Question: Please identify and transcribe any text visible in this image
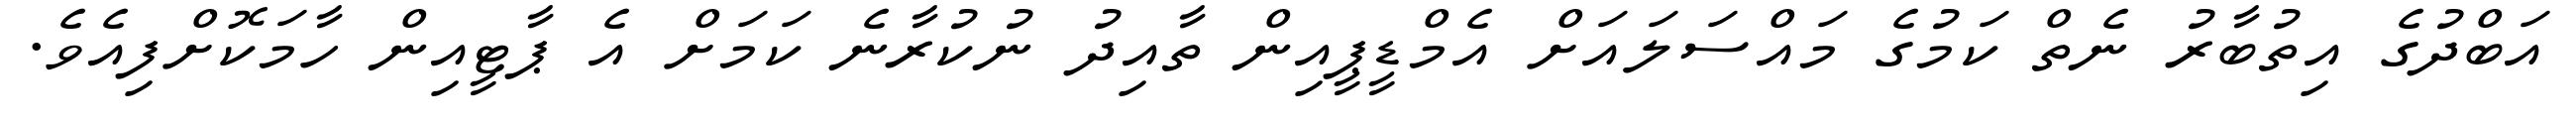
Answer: އަބްދުގެ އިތުބާރު ނެތް ކަމުގެ މައްސަލައަށް އެމްޑީޕީއިން ތާއިދު ނުކުރާނެ ކަމަށް އެ ޕާޓީއިން ހާމަކޮށްފިއެވެ.